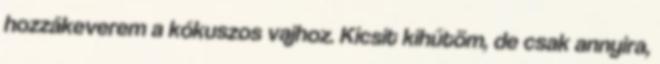
hozzákeverem a kókuszos vajhoz. Kicsit kihűtöm, de csak annyira,